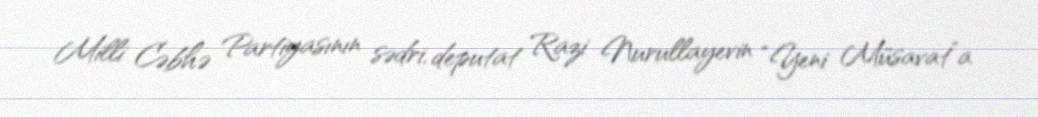
Milli Cəbhə Partiyasının sədri, deputat Razi Nurullayevin “Yeni Müsavat”a